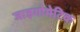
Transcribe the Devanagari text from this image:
जाइगोमेटिक